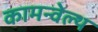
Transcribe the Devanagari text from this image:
कामन्वेल्थ